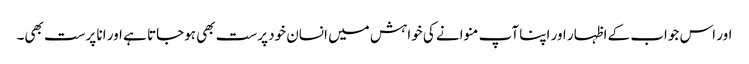
اور اس جواب کے اظہار اور اپنا آپ منوانے کی خواہش میں انسان خود پرست بھی ہوجاتا ہے اور انا پرست بھی۔